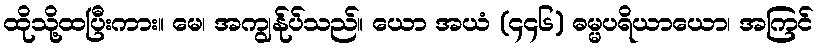
ထိုသို့ထပြီးကား။ မေ၊ အကျွန်ုပ်သည်။ ယော အယံ (၄၄၆) ဓမ္မပရိယာယော၊ အကြင်